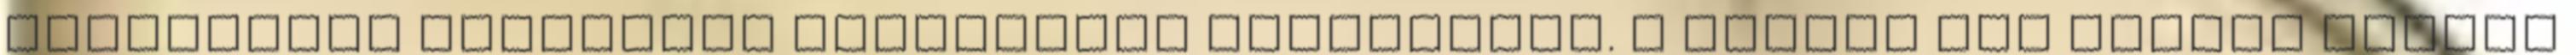
barátainak bármilyen társadalmi hálózatban. A gombok egy kicsit lejebb